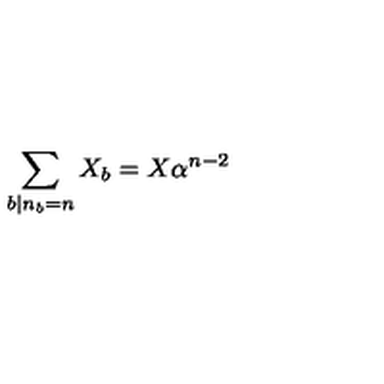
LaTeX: \sum _ { b \vert n _ { b } = n } X _ { b } = X \alpha ^ { n - 2 }